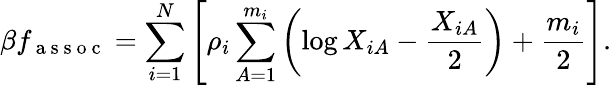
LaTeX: \beta f_{\mathrm{~a~s~s~o~c~}}=\sum_{i=1}^{N}\left[\rho_{i}\sum_{A=1}^{m_{i}}\left(\log X_{iA}-\frac{X_{iA}}{2}\right)+\frac{m_{i}}{2}\right].